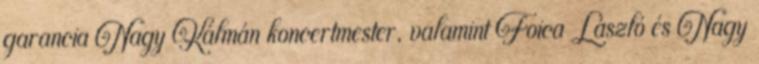
garancia Nagy Kálmán koncertmester, valamint Foica László és Nagy